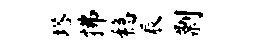
塔拂稳辰剽